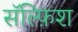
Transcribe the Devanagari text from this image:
सॅल्फ़िश